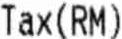
TAX (RM)